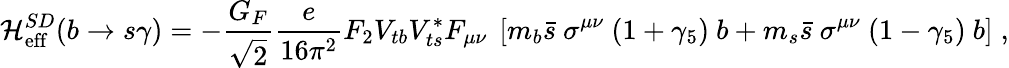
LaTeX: {\cal H}_{\mathrm{eff}}^{SD}(b\to s\gamma)=-\frac{G_{F}}{\sqrt{2}}\frac{e}{16\pi^{2}}F_{2}V_{tb}V_{ts}^{*}F_{\mu\nu}~\left[m_{b}\bar{s}~\sigma^{\mu\nu}~(1+\gamma_{5})~b+m_{s}\bar{s}~\sigma^{\mu\nu}~(1-\gamma_{5})~b\right]\; ,